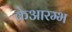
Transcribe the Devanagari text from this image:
केआरम्भ